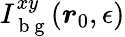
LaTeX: I_{\mathrm{~b~g~}}^{xy}(\boldsymbol{r}_{0},\epsilon)